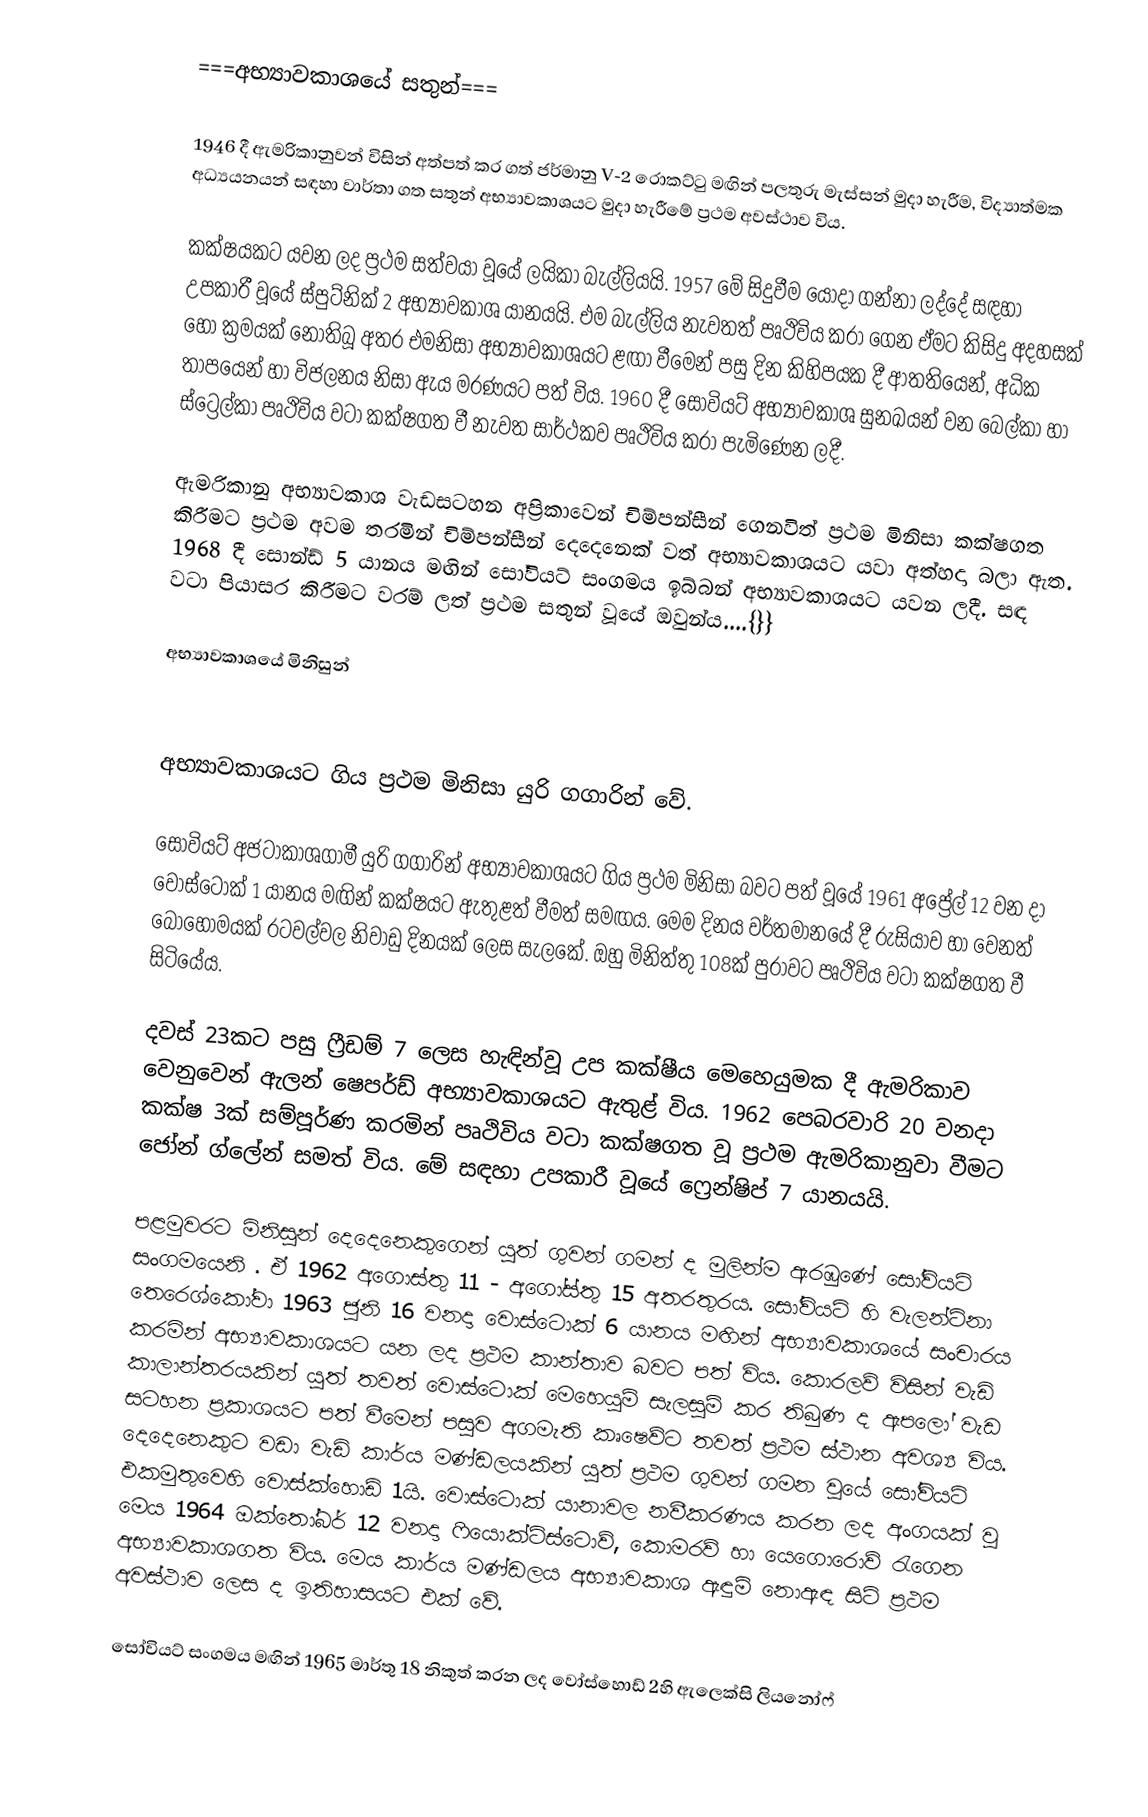
===අභ්‍යාවකාශයේ සතුන්===

1946 දී ඇමරිකානුවන් විසින් අත්පත් කර ගත් ජර්මානු V-2 රොකට්ටු මඟින් පලතුරු මැස්සන් මුදා හැරීම, විද්‍යාත්මක අධ්‍යයනයන් සඳහා වාර්තා ගත සතුන් අභ්‍යාවකාශයට මුදා හැරීමේ  ප්‍රථම  අවස්ථාව විය.

කක්ෂයකට යවන ලද ප්‍රථම සත්වයා වූයේ ලයිකා බැල්ලියයි. 1957 මේ සිදුවීම යොදා ගන්නා ලද්දේ සඳහා උපකාරී වූයේ ස්පුට්නික් 2 අභ්‍යාවකාශ යානයයි. එම බැල්ලිය නැවතත් පෘථිවිය කරා ගෙන ඒමට කිසිදු අදහසක් හෝ ක්‍රමයක් නොතිබූ අතර එමනිසා අභ්‍යාවකාශයට ළඟා වීමෙන් පසු දින කිහිපයක දී ආතතියෙන්, අධික තාපයෙන් හා විජලනය නිසා ඇය මරණයට පත් විය. 1960 දී සෝවියට් අභ්‍යාවකාශ සුනඛයන් වන බෙල්කා හා ස්ට්‍රෙල්කා පෘථිවිය වටා කක්ෂගත වී නැවත සාර්ථකව පෘථිවිය කරා පැමිණෙන ලදී.

ඇමරිකානු අභ්‍යාවකාශ වැඩසටහන අප්‍රිකාවෙන් චිම්පන්සීන් ගෙනවිත් ප්‍රථම මිනිසා කක්ෂගත කිරීමට ප්‍රථම අවම තරමින් චිම්පන්සීන් දෙදෙනෙක් වත් අභ්‍යාවකාශයට යවා අත්හදා බලා ඇත. 1968 දී සොන්ඩ් 5 යානය මඟින් සෝවියට් සංගමය ඉබ්බන් අභ්‍යාවකාශයට යවන ලදී. සඳ වටා පියාසර කිරීමට වරම් ලත් ප්‍රථම සතුන් වූයේ ඔවුන්ය....{}}

අභ්‍යාවකාශයේ මිනිසුන්

අභ්‍යාවකාශයට ගිය ප්‍රථම මිනිසා යුරි ගගාරින් වේ.

සෝවියට් අජටාකාශගාමී යුරි ගගාරින් අභ්‍යාවකාශයට ගිය ප්‍රථම මිනිසා බවට පත් වූයේ 1961 අප්‍රේල් 12 වන දා වොස්ටොක් 1 යානය මඟින් කක්ෂයට ඇතුළත් වීමත් සමඟය. මෙම දිනය වර්තමානයේ දී රුසියාව හා වෙනත් බොහොමයක් රටවල්වල නිවාඩු දිනයක් ලෙස සැලකේ. ඔහු මිනිත්තු 108ක් පුරාවට පෘථිවිය වටා කක්ෂගත වී සිටියේය.

දවස් 23කට පසු ෆ්‍රීඩම් 7 ලෙස හැඳින්වූ උප කක්ෂීය මෙහෙයුමක දී ඇමරිකාව වෙනුවෙන් ඇලන් ෂෙපර්ඩ් අභ්‍යාවකාශයට ඇතුළ් විය. 1962 පෙබරවාරි 20 වනදා කක්ෂ 3ක් සම්පූර්ණ කරමින් පෘථිවිය වටා කක්ෂගත වූ ප්‍රථම ඇමරිකානුවා වීමට ජෝන් ග්ලේන් සමත් විය. මේ සඳහා උපකාරී වූයේ ෆ්‍රෙන්ෂිප් 7 යානයයි.

පළමුවරට මිනිසුන් දෙදෙනෙකුගෙන් යුත් ගුවන් ගමන් ද මුලින්ම ඇරඹුණේ  සෝවියට් සංගමයෙනි . ඒ 1962 අගොස්තු 11 - අගෝස්තු 15 අතරතුරය. සෝවියට් හි වැලන්ටිනා තෙරෙශ්කෝවා 1963 ජූනි 16 වනදා වොස්ටොක් 6 යානය මඟින් අභ්‍යාවකාශයේ සංචාරය කරමින් අභ්‍යාවකාශයට යන ලද ප්‍රථම කාන්තාව බවට පත් විය. කොරලව් විසින් වැඩි කාලාන්තරයකින් යුත් තවත් වොස්ටොක් මෙහෙයුම් සැලසුම් කර තිබුණ ද ඇපලෝ වැඩ සටහන ප්‍රකාශයට පත් වීමෙන් පසුව අගමැති කෘෂෙව්ට තවත් ප්‍රථම ස්ථාන අවශ්‍ය විය. දෙදෙනෙකුට වඩා වැඩි කාර්ය මණ්ඩලයකින් යුත් ප්‍රථම ගුවන් ගමන වූයේ සෝවියට් එකමුතුවෙහි වොස්ක්හොඩ් 1යි. වොස්ටොක් යානාවල නවීකරණය කරන ලද අංගයක් වූ මෙය 1964 ඔක්තෝබර් 12 වනදා ෆියොක්ටිස්ටොව්, කොමරව් හා යෙගොරොව් රැගෙන අභ්‍යාවකාශගත විය. මෙය කාර්ය මණ්ඩලය අභ්‍යාවකාශ ඇඳුම් නොඇඳ සිටි ප්‍රථම අවස්ථාව ලෙස ද ඉතිහාසයට එක් වේ.

සෝවියට් සංගමය මඟින් 1965 මාර්තු 18 නිකුත් කරන ලද වෝස්හොඩ් 2හි ඇලෙක්සි ලියනෝෆ්